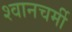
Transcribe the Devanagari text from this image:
श्वानचर्मी